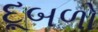
દૂબળો